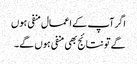
اگر آپ کے اعمال منفی ہوں
گے تو نتائج بھی منفی ہوں گے۔